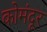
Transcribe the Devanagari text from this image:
कोमंदूर